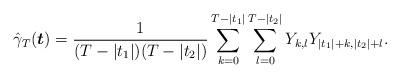
LaTeX: \begin{align*}\hat{\gamma}_{T}(\boldsymbol{t})= \frac{1}{(T-|t_{1}|)(T-|t_{2}|)}\sum_{k=0}^{T-|t_1|}\sum_{l=0}^{T-|t_2|} Y_{k,l} Y_{|t_{1}|+k,|t_{2}|+l}. \end{align*}